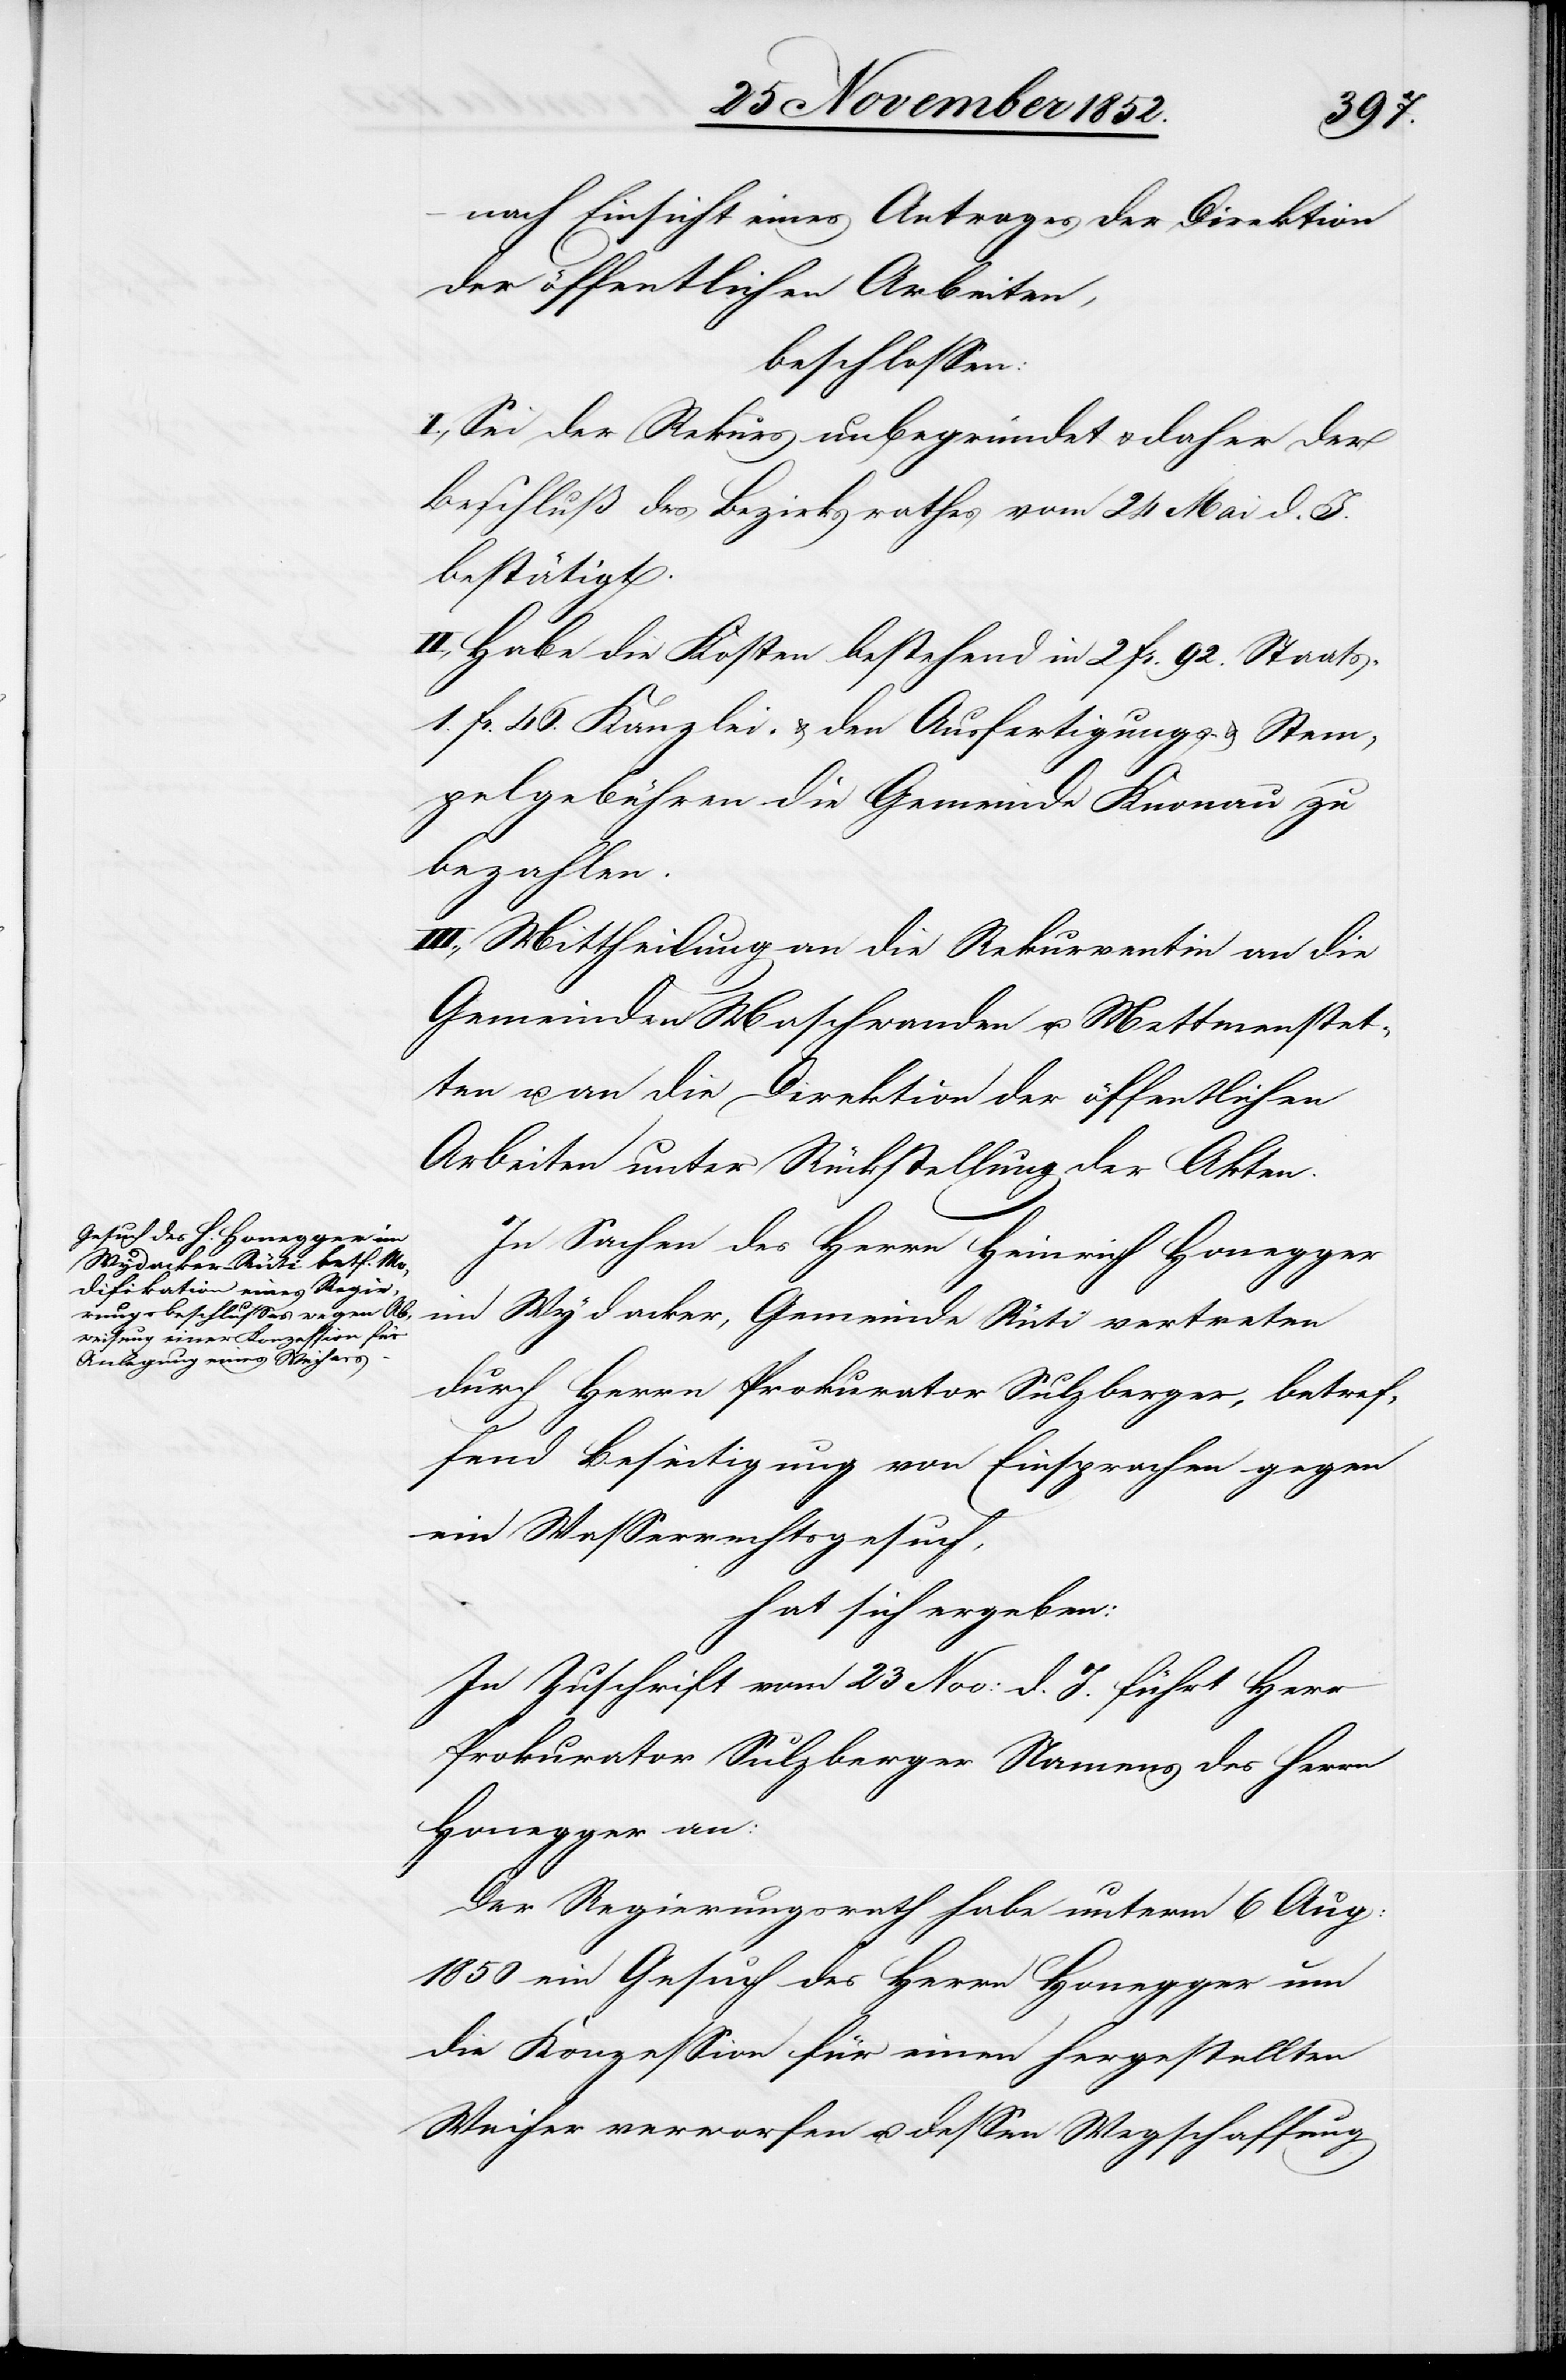
nach Einsicht eines Antrages der Direktion
der öffentlichen Arbeiten,
beschlossen:
I., Sei der Rekurs unbegründet & daher der
Beschluß des Bezirksrathes vom 24 Mai d. J.
bestätigt.
II., Habe die Kosten bestehend in 2 Fr. 92. Staats-[,]
1. Fr. 46. Kanzlei- & den Ausfertigungs- & Stem¬
pelgebühren die Gemeinde Knonau zu
bezahlen.
III., Mittheilung an die Rekurrentin[,] an die
Gemeinden Maschwanden u. Mettmenstet¬
ten u. an die Direktion der öffentlichen
Arbeiten unter Rückstellung der Akten.
In Sachen des Herrn Heinrich Honegger
im Wydacker, Gemeinde Rüti vertreten
durch Herrn Prokurator Sulzberger, betref¬
fend Beseitigung von Einsprachen gegen
ein Wasserrechtsgesuch,
hat sich ergeben:
In Zuschrift vom 23 Nov: d. J. führt Herr
Prokurator Sulzberger Namens des Herrn
Honegger an:
Der Regierungsrath habe unterm 6 Aug:
1850 ein Gesuch des Herrn Honegger um
die Konzession für einen hergestellten
Weiher verworfen u. dessen Wegschaffung